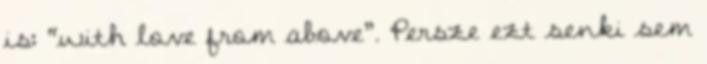
is: “with love from above”. Persze ezt senki sem